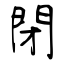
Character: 閉